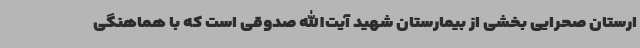
ارستان صحرایی بخشی از بیمارستان شهید آیت‌الله صدوقی است که با هماهنگی